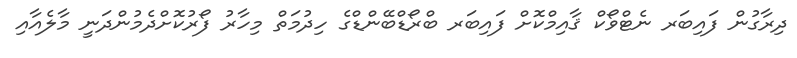
ދިރާގުން ފައިބަރ ނެޓްވޯކް ޤާއިމްކޮށް ފައިބަރ ބްރޯޑްބޭންޑްގެ ހިދުމަތް މިހާރު ފޯރުކޮށްދެމުންދަނީ މާލެއާއި